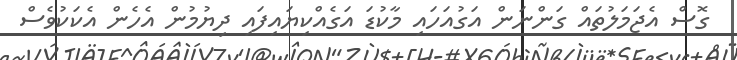
ގޮސް އެޖަމަލުތައް ގަންނަން އަގުއަހައި މާކުޑަ އަގެއްކިޔައިފައި ދިޔުމުން އެހެން އެކަކުވެސް